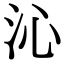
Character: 沁